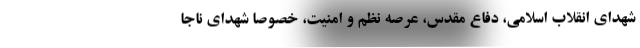
شهدای انقلاب اسلامی، دفاع مقدس، عرصه نظم و امنیت، خصوصا شهدای ناجا